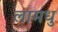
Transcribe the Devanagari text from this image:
लामधु